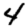
Digit: 4